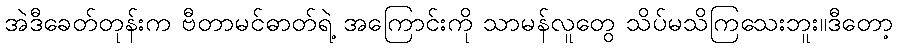
အဲဒီခေတ်တုန်းက ဗီတာမင်ဓာတ်ရဲ့ အကြောင်းကို သာမန်လူတွေ သိပ်မသိကြသေးဘူး။ဒီတော့